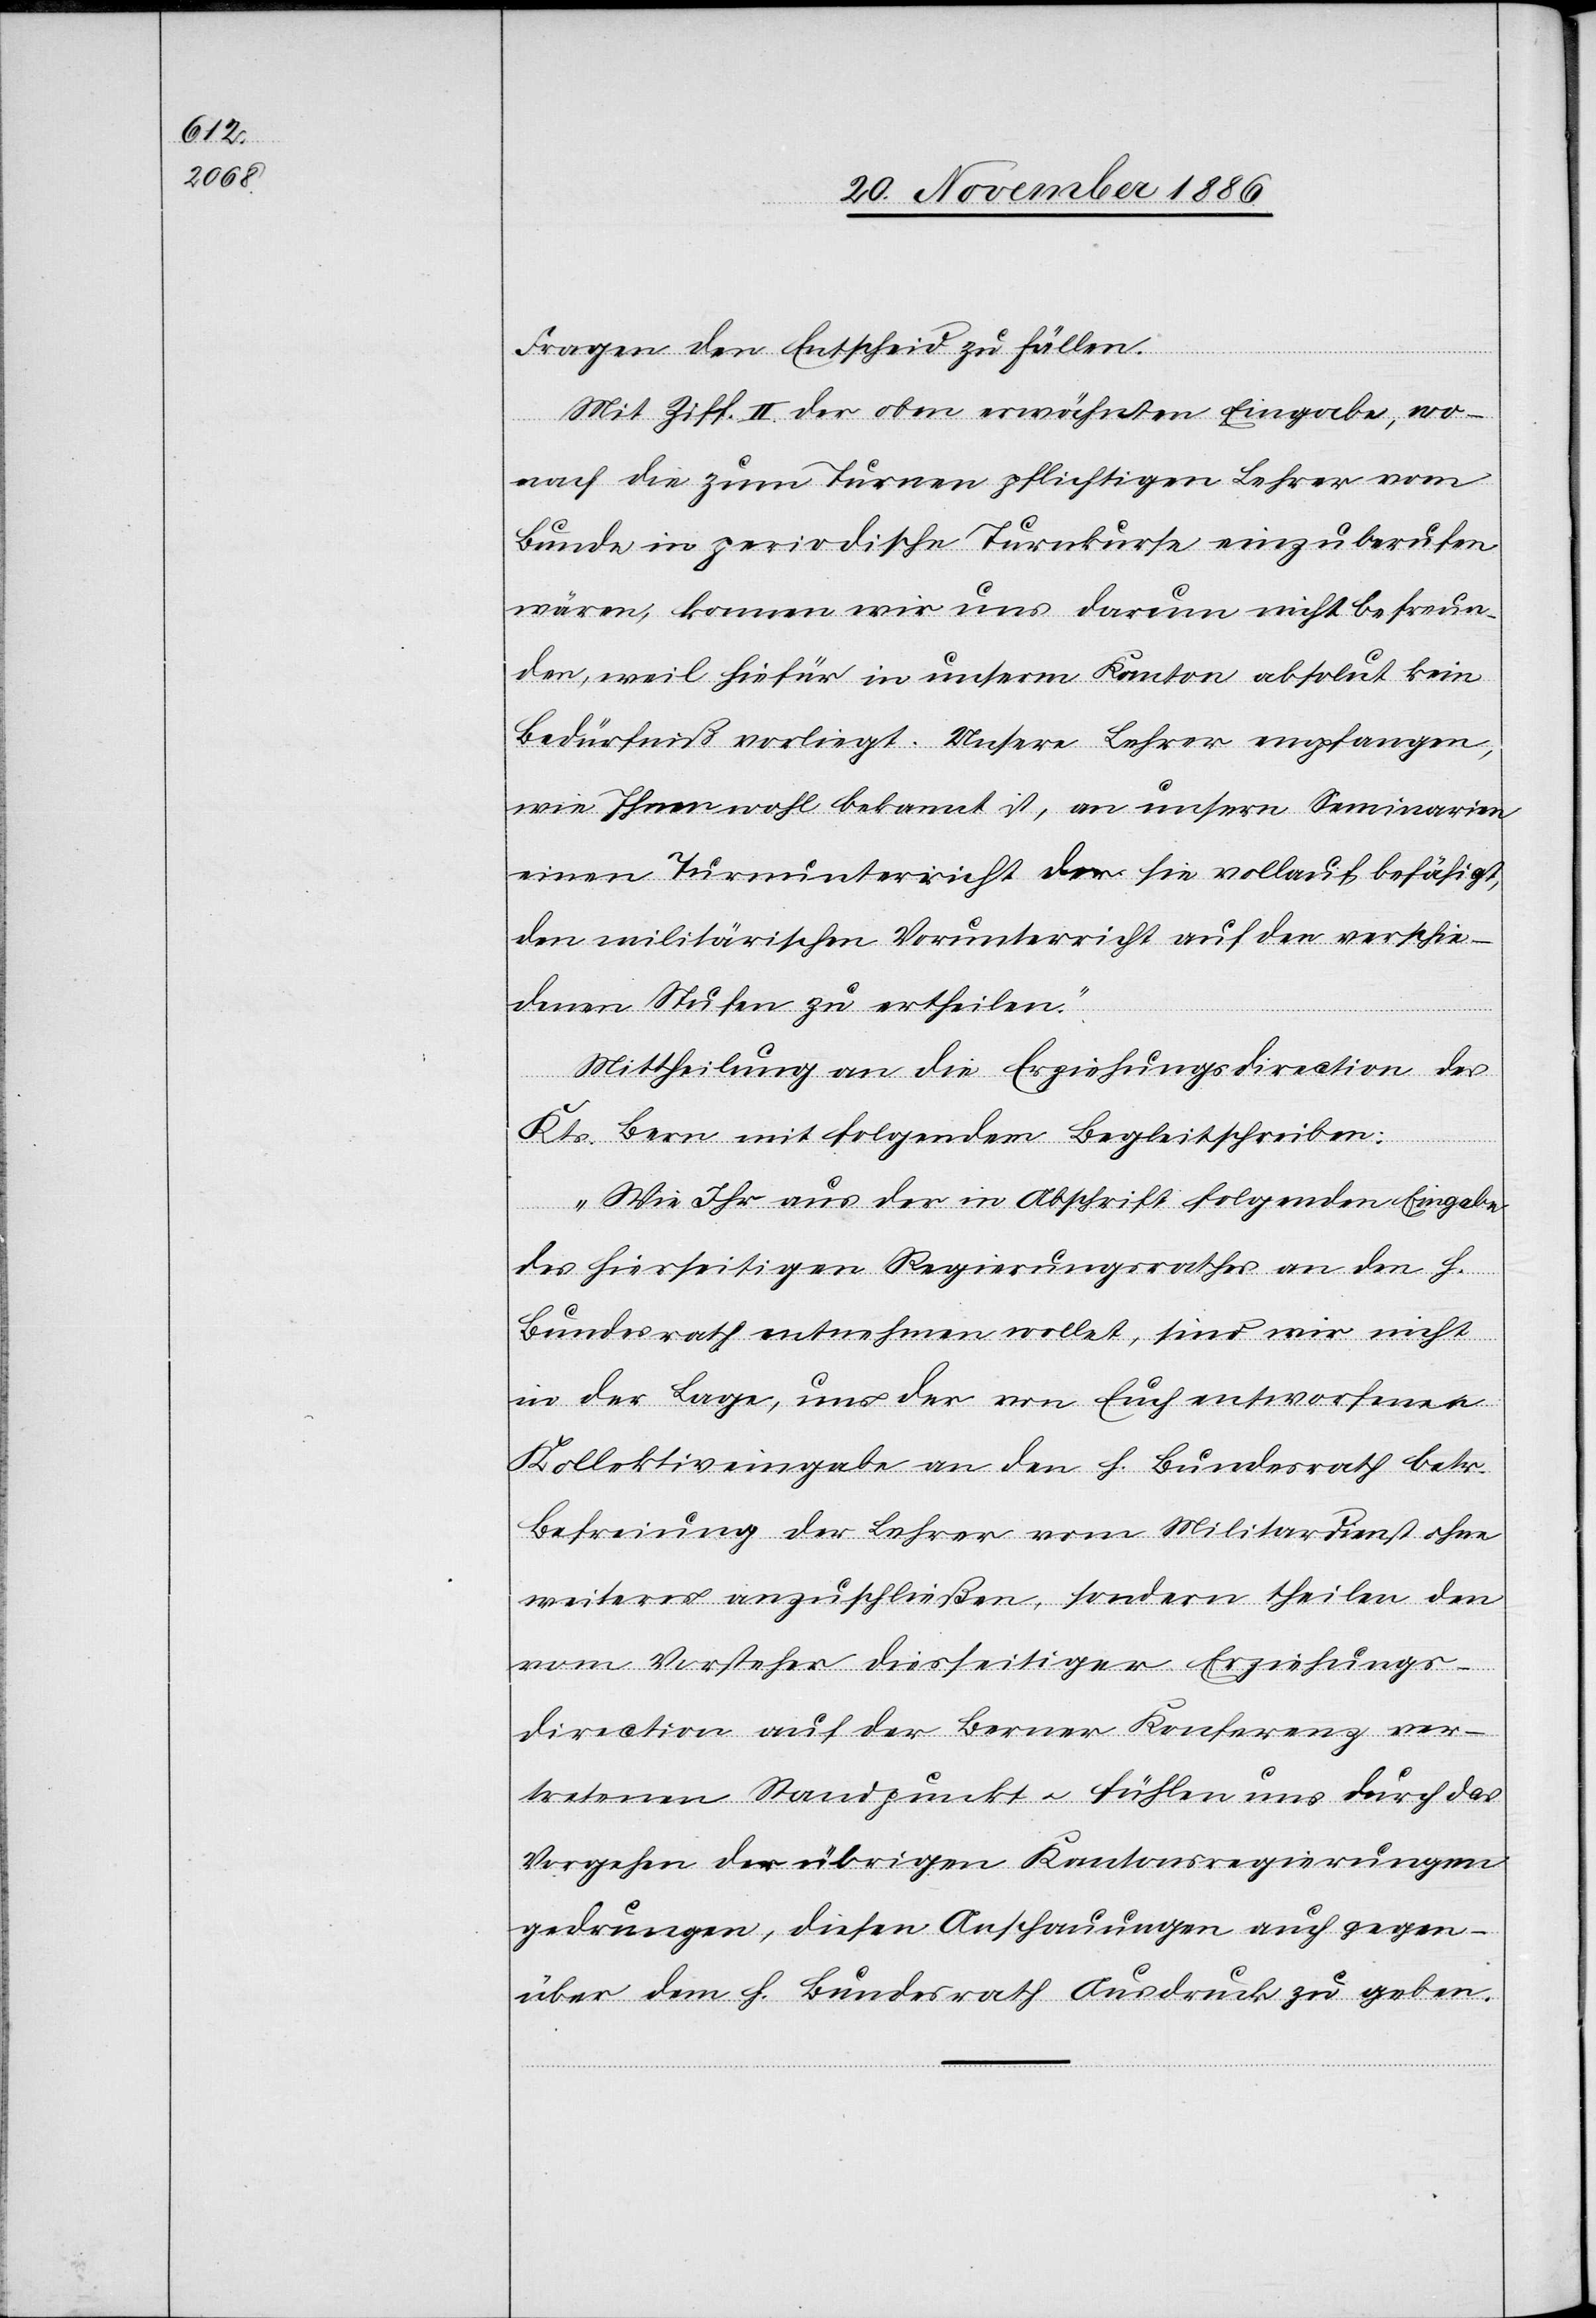
Fragen den Entscheid zu fällen.
Mit Ziff. II. der oben erwähnten Eingabe, wo¬
ohne
nach die zum Turnen pflichtigen Lehrer vom
Bunde in periodische Turnkurse einzuberufen
den, weil hiefür in unserm Kanton absolut kein
Bedürfniß vorliegt. Unsere Lehrer empfangen,
wie Ihnen wohl bekannt ist, an unsern Seminarien
einen Turnunterricht der sie vollauf befähigt,
den militärischen Vorunterricht auf den verschie¬
denen Stufen zu ertheilen.“
Mittheilung an die Erziehungsdirection des
Kts. Bern mit folgendem Begleitschreiben:
befreun¬
„Wie Ihr aus der in Abschrift folgenden Eingabe
des hierseitigen Regierungsrathes an den h.
Bundesrath entnehmen wollet, sind wir nicht
in der Lage, uns der von Euch entworfenen
Kollektiveingabe an den h. Bundesrath betr.
Befreiung der Lehrer vom Militardienst
weiteres anzuschließen, sondern theilen den
vom Vorsteher diesseitiger Erziehungs¬
direction auf der Berner Konferenz ver¬
tretenen Standpunkt & fühlen uns durch das
Vorgehen der übrigen Kantonsregierungen
gedrungen, diesen Anschauungen auch gegen¬
über dem h. Bundesrath Ausdruck zu geben.“